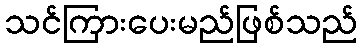
သင်ကြားပေးမည်ဖြစ်သည်